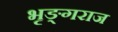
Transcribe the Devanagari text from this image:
भृङ्गराज